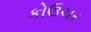
કોઉચર